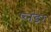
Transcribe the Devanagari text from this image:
प्लंडर